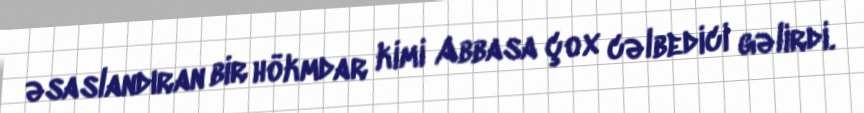
əsaslandıran bir hökmdar kimi Abbasa çox cəlbedici gəlirdi.